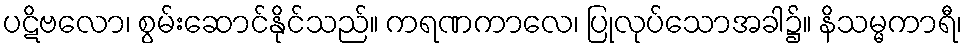
ပဋိဗလော၊ စွမ်းဆောင်နိုင်သည်။ ကရဏကာလေ၊ ပြုလုပ်သောအခါ၌။ နိသမ္မကာရီ၊